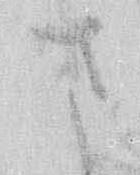
さ